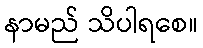
နာမည် သိပါရစေ။